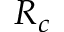
R _ { c }